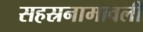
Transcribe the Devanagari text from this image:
सहस्रनामावली